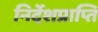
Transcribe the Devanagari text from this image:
निर्देशप्राप्ति